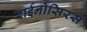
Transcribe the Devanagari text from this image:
राईनोसिरस